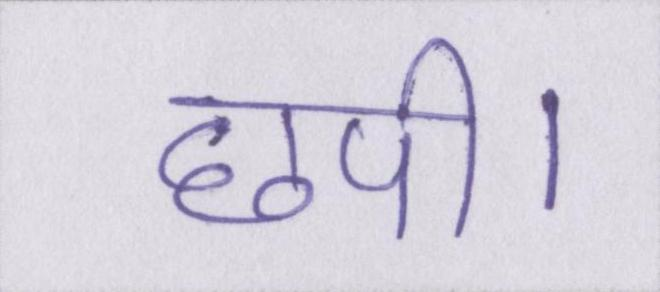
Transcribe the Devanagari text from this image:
छपी।